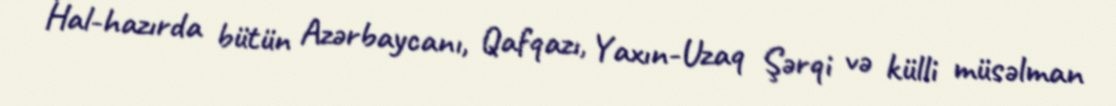
Hal-hazırda bütün Azərbaycanı, Qafqazı, Yaxın-Uzaq Şərqi və külli müsəlman